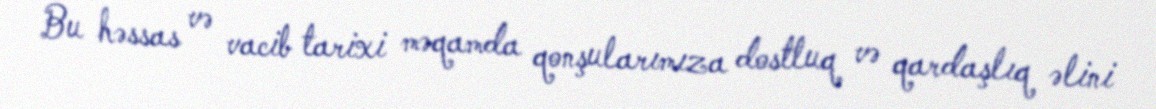
Bu həssas və vacib tarixi məqamda qonşularımıza dostluq və qardaşlıq əlini